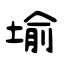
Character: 堬